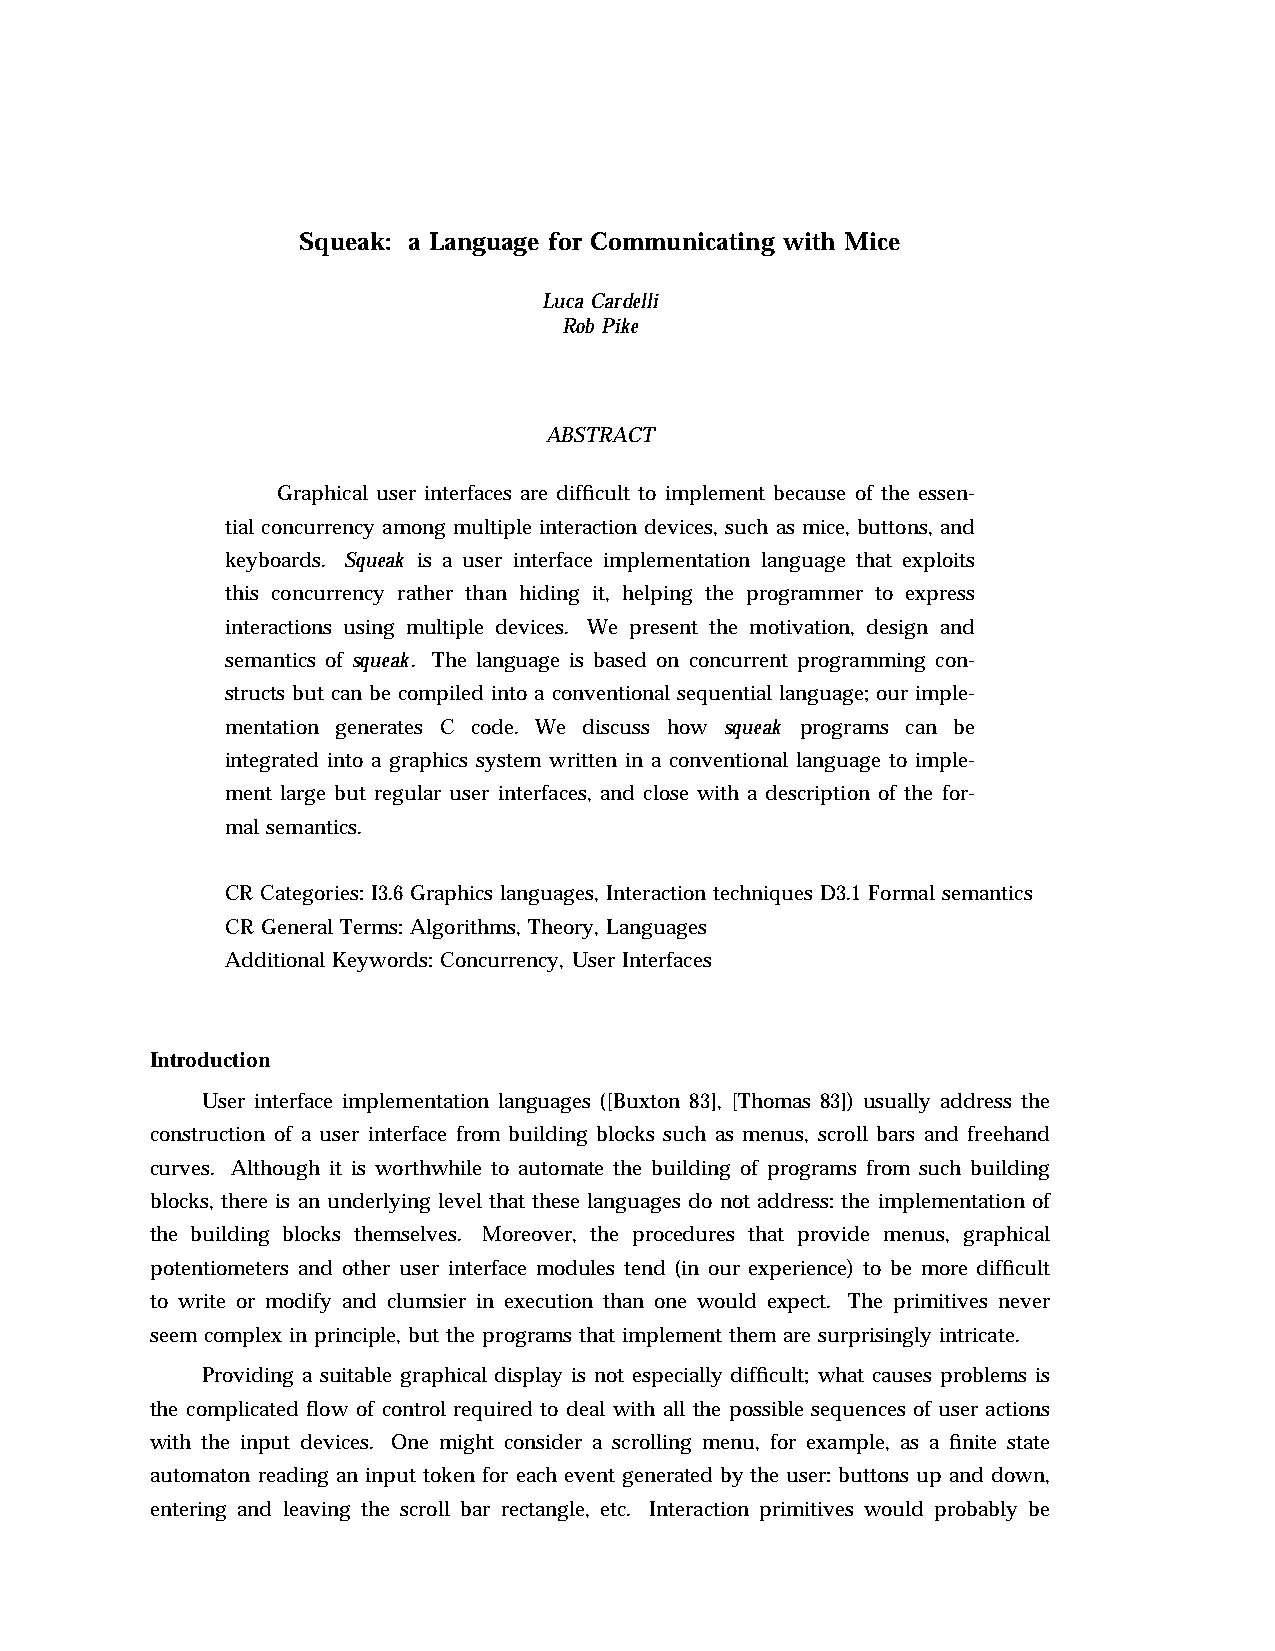
Squeak: a Language for Communicating with Mice
 Luca Cardelli
 Rob Pike
 ABSTRACT
 Graphical user interfaces are difficult to implement because of the essen-
 tial concurrency among multiple interaction devices, such as mice, buttons, and
 keyboards. Squeak is a user interface implementation language that exploits
 this concurrency rather than hiding it, helping the programmer to express
 interactions using multiple devices. We present the motivation, design and
 semantics of squeak. The language is based on concurrent programming con-
 structs but can be compiled into a conventional sequential language; our imple-
 mentation generates C code. We discuss how squeak programs can be
 integrated into a graphics system written in a conventional language to imple-
 ment large but regular user interfaces, and close with a description of the for-
 mal semantics.
 CR Categories: I3.6 Graphics languages, Interaction techniques D3.1 Formal semantics
 CR General Terms: Algorithms, Theory, Languages
 Additional Keywords: Concurrency, User Interfaces
 Introduction
 User interface implementation languages ([Buxton 83], [Thomas 83]) usually address the
 construction of a user interface from building blocks such as menus, scroll bars and freehand
 curves. Although it is worthwhile to automate the building of programs from such building
 blocks, there is an underlying level that these languages do not address: the implementation of
 the building blocks themselves. Moreover, the procedures that provide menus, graphical
 potentiometers and other user interface modules tend (in our experience) to be more difficult
 to write or modify and clumsier in execution than one would expect. The primitives never
 seem complex in principle, but the programs that implement them are surprisingly intricate.
 Providing a suitable graphical display is not especially difficult; what causes problems is
 the complicated flow of control required to deal with all the possible sequences of user actions
 with the input devices. One might consider a scrolling menu, for example, as a finite state
 automaton reading an input token for each event generated by the user: buttons up and down,
 entering and leaving the scroll bar rectangle, etc. Interaction primitives would probably be